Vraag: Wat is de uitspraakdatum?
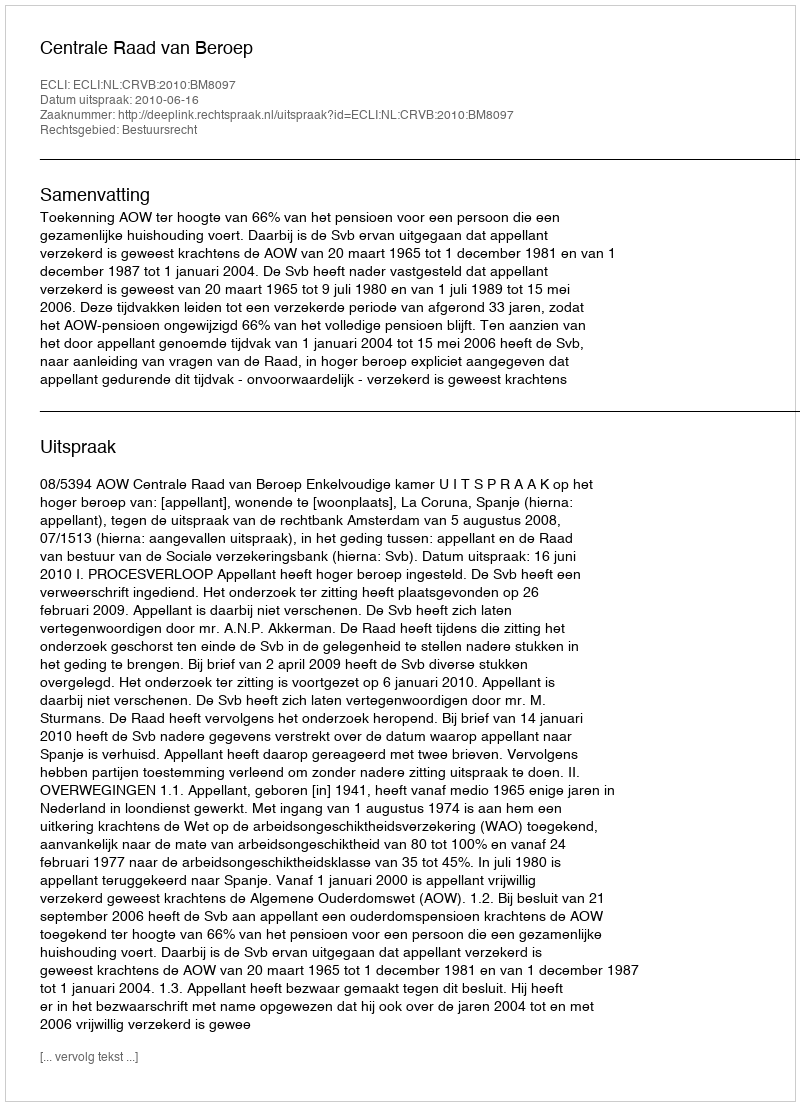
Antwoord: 2010-06-16